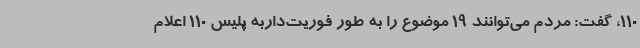
110، گفت: مردم می‌توانند 19 موضوع را به طور فوریت‌داربه پلیس 110 اعلام